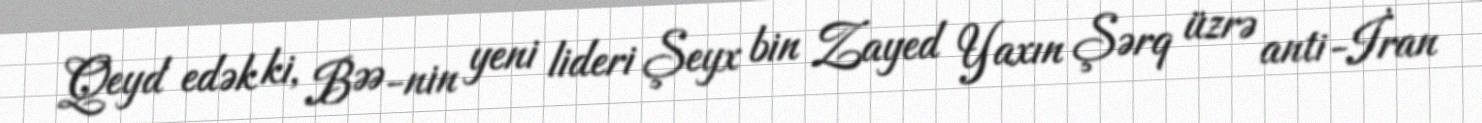
Qeyd edək ki, BƏƏ-nin yeni lideri Şeyx bin Zayed Yaxın Şərq üzrə anti-İran